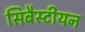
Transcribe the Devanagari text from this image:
सिबैस्टीयन